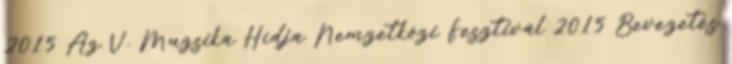
2015 Az V. Muzsika Hídja Nemzetközi Fesztivál 2015 Bevezetés